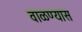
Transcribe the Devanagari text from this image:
वाळण्यास